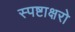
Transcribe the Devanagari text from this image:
स्पष्टाक्षरो